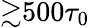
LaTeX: {\gtrsim}500\tau_{0}